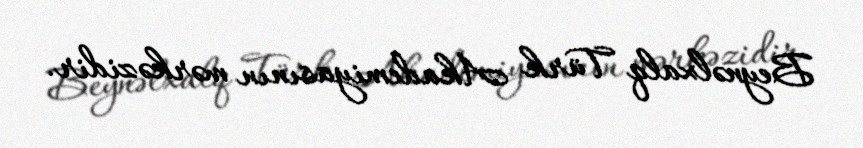
Beynəlxalq Türk Akademiyasının mərkəzidir.